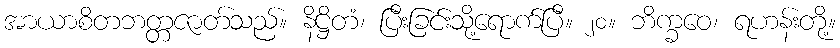
အာယာစိတဘတ္တဇာတ်သည်။ နိဋ္ဌိတံ၊ ပြီးခြင်းသို့ရောက်ပြီ။ ၂၀။ ဘိက္ခဝေ၊ ရဟန်းတို့။